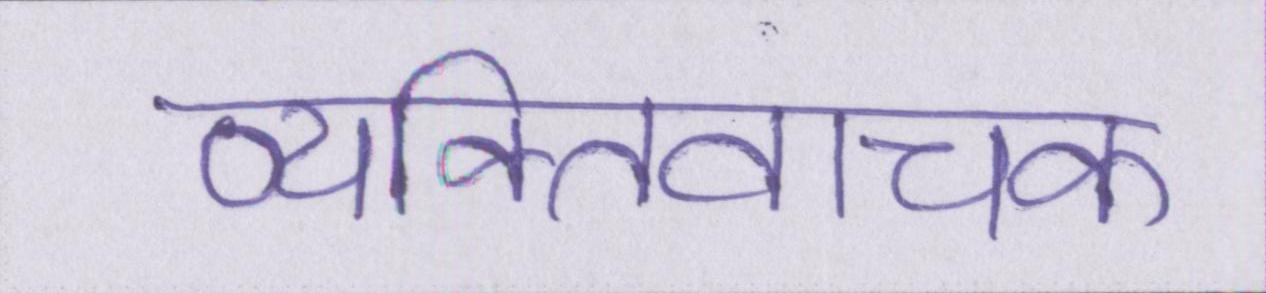
व्यक्तिवाचक